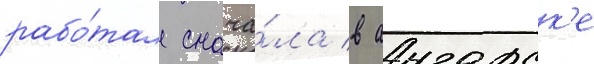
рабо́тал снача́ла в ангарск'е